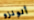
ألونزو